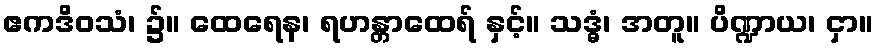
ဧကဒိဝသံ၊ ၌။ ထေရေန၊ ရဟန္တာထေရ် နှင့်။ သဒ္ဓံ၊ အတူ။ ပိဏ္ဍာယ၊ ငှာ။